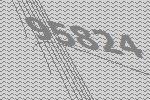
95824